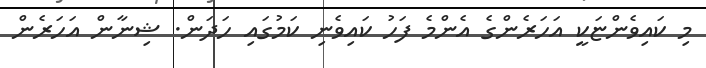
މި ކައިވެންޏަކީ އަހަރެންގެ އެންމެ ފަހު ކައިވެނި ކަމުގައި ހަދަން. ޝިނާން އަހަރެން